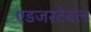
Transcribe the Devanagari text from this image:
एडजस्टेबल